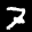
Label: 7